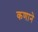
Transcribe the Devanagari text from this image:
कणाने